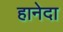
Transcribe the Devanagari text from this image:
हानेदा